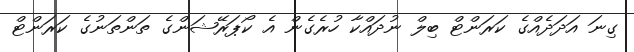
ގިނަ އަދަދެއްގެ ކަރަންޓް ބިލް ނުދައްކާ ހުރެގެން އެ ކޯޕަރޭޝަންގެ ތަންތަނުގެ ކަރަންޓް